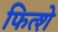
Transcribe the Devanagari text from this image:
फित्शे